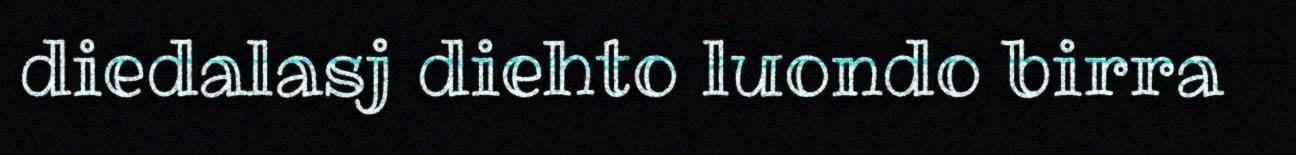
diedalasj diehto luondo birra